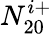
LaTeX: N_{20}^{i+}